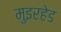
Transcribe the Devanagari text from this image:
मुइरहेड